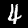
Digit: 4